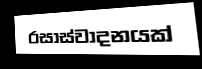
රසාස්වාදනයක්